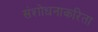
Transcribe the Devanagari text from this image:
संशोधनाकरिता